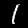
Digit: 1